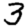
Digit: 3